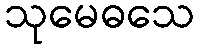
သုမေဓသေ